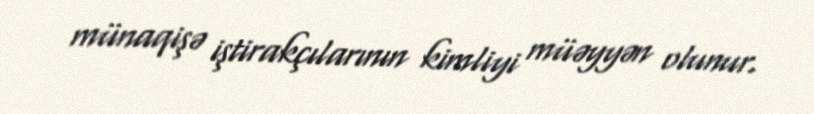
münaqişə iştirakçılarının kimliyi müəyyən olunur.